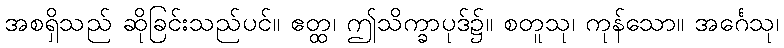
အစရှိသည် ဆိုခြင်းသည်ပင်။ ဧတ္ထ၊ ဤသိက္ခာပုဒ်၌။ စတူသု၊ ကုန်သော။ အင်္ဂေသု၊